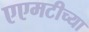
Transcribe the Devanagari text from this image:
एएमटीच्या